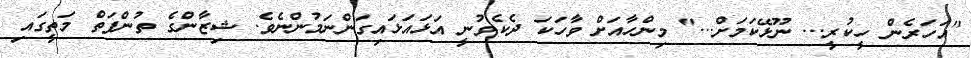
"އަހަރެން ހީކުރީ... ނޫޅޭކަމަށް..." މިންހާއަށް ވާހަކަ ދެކެވުނީ އަޅައަޅައިގަންނަމުންނެވެ. ޝިޒާންގެ ތުންފަތް މަތީގައި